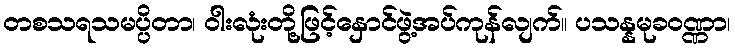
တစသရသမပ္ပိတာ၊ ဝါးလုံးတို့ဖြင့်နှောင်ဖွဲ့အပ်ကုန်လျက်။ ပသန္နမုခဝဏ္ဏာ၊